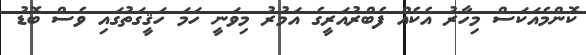
ކޮންމެއަކަސް މިހާރު އެކެއް ފެބްރުއަރީގެ އަމުރު މިވަނީ ހަމަ ހަޤީގަތުގައި ވެސް ބޮޑު